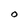
Character: O